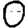
Digit: 0